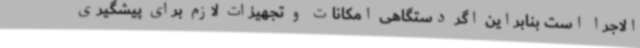
‌الاجرا است بنابراین اگر دستگاهی امکانات و تجهیزات لازم برای پیشگیری